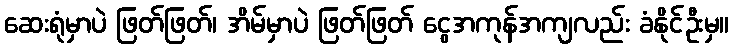
ဆေးရုံမှာပဲ ဖြတ်ဖြတ်၊ အိမ်မှာပဲ ဖြတ်ဖြတ် ငွေအကုန်အကျလည်း ခံနိုင်ဦးမှ။